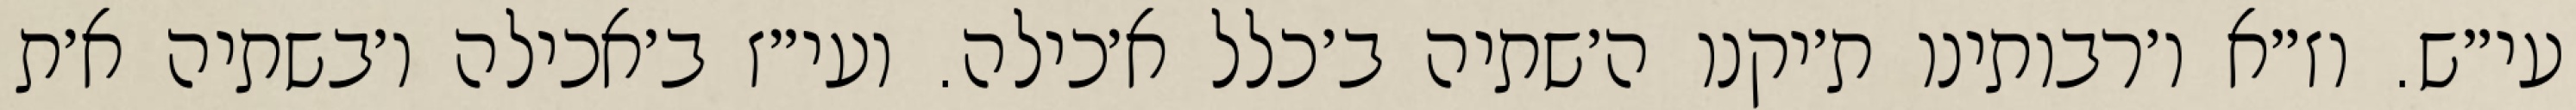
עי״ש. וז״א ו׳רבותינו ת׳יקנו ה׳שתיה ב׳כלל א׳כילה. ועי״ז ב׳אכילה ו׳בשתיה א׳ת